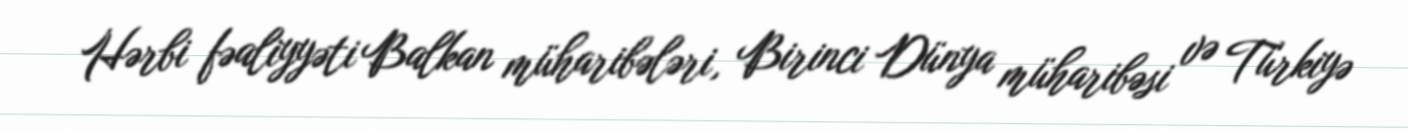
Hərbi fəaliyyəti Balkan müharibələri, Birinci Dünya müharibəsi və Türkiyə